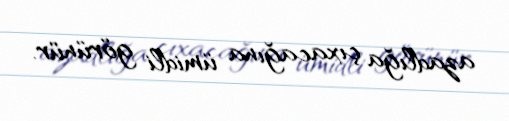
azadlığa çıxacağına ümidli görünür.